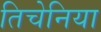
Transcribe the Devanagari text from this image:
तिचेनिया